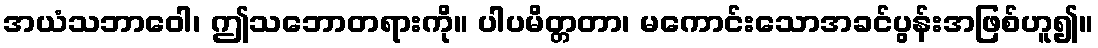
အယံသဘာဝေါ၊ ဤသဘောတရားကို။ ပါပမိတ္တတာ၊ မကောင်းသောအခင်ပွန်းအဖြစ်ဟူ၍။